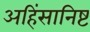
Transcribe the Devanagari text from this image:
अहिंसानिष्ट